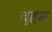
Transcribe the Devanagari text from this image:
दहम